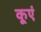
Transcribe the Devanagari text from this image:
कूएं